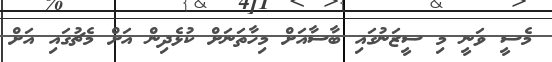
މެސީ ވަނީ މި ސީޒަނުގައި ބާސާއަށް މިހާތަނަށް ކުޅެދިން އަށް މެޗުގައި އަށް